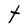
Character: t